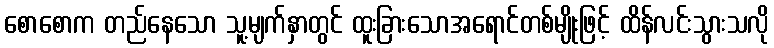
စောစောက တည်နေသော သူ့မျက်နှာတွင် ထူးခြားသောအရောင်တစ်မျိုးဖြင့် ထိန်လင်းသွားသလို